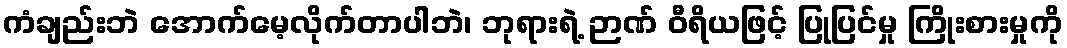
ကံချည်းဘဲ အောက်မေ့လိုက်တာပါဘဲ၊ ဘုရားရဲ့ ဉာဏ် ဝီရိယဖြင့် ပြုပြင်မှု ကြိုးစားမှုကို